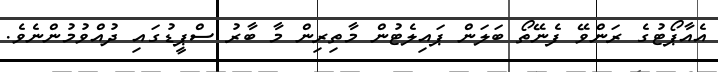
އެއާޕޯޓުގެ ރަންވޭ ފެނޭތޯ ބަލަން ޕައިލެޓުން މާތިރިން މާ ބާރު ސްޕީޑުގައި ދުއްވުމުންނެވެ.